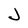
Character: J